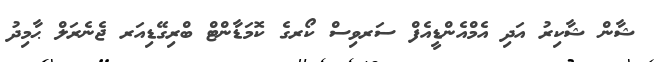
ޝާން ޝާކިރު އަދި އެމްއެންޑީއެފް ސަރވިސް ކޯރގެ ކޮމަޑާންޓް ބްރިގޭޑިއަރ ޖެނެރަލް ޙާމިދު